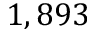
1 , 8 9 3